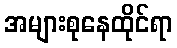
အများစုနေထိုင်ရာ